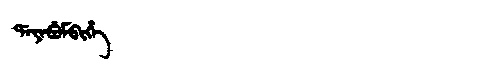
Manchu: ᡩᠠᠶᠠᠪᡠᠮᠪᡳᡥᡝ
Romanization: DAYABUMBIHE